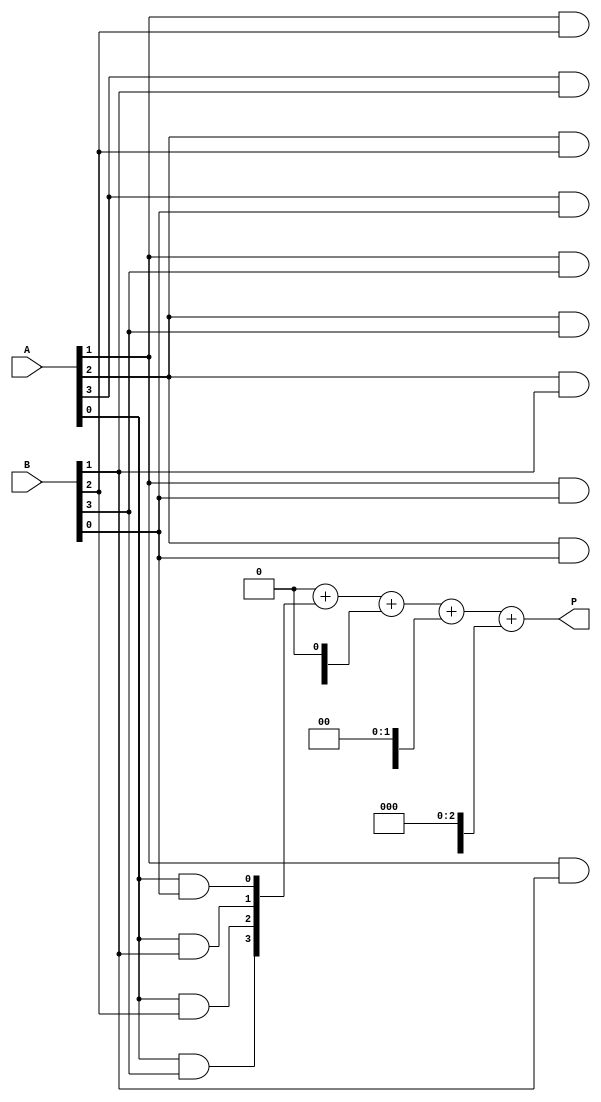
module vedic_multiplier #(parameter N = 4) (
    input [N-1:0] A, // First operand
    input [N-1:0] B, // Second operand
    output reg [2*N-1:0] P // Product of A and B
);

// Partial product array
reg [2*N-1:0] partial_products [N-1:0];

integer i, j;

always @(*) begin
    // Initialize product to zero
    P = 0;

    // Generate partial products
    for (i = 0; i < N; i = i + 1) begin
        for (j = 0; j < N; j = j + 1) begin
            partial_products[i][i+j] = A[i] & B[j];
        end
    end

    // Add the partial products
    for (i = 0; i < N; i = i + 1) begin
        P = P + (partial_products[i] << i); // Shift partial product according to its bit position
    end
end

endmodule